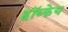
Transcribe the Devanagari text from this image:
हॉव्केय